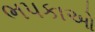
ભપકાઓ